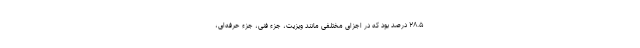
۲۸.۵ درصد بود که در اجزای مختلفی مانند ویزیت، جزء فنی، جزء حرفه‌ای،